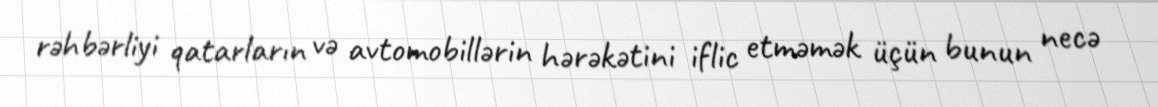
rəhbərliyi qatarların və avtomobillərin hərəkətini iflic etməmək üçün bunun necə